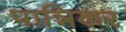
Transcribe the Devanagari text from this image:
पान्निकर